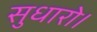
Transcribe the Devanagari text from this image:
सुधारो।